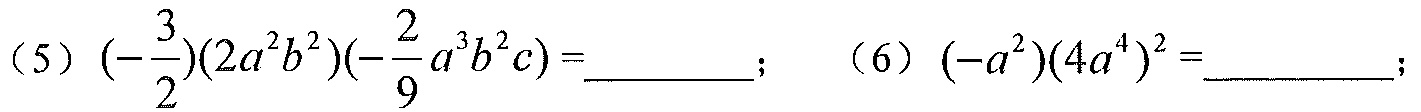
(5) $\left(-\frac{3}{2}\right)(2a^{2}b^{2})\left(-\frac{2}{9}a^{3}b^{2}c\right)=$  ； (6) $(-a^{2})(4a^{4})^{2}=$  ；